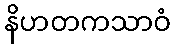
နိဟတကသာဝံ